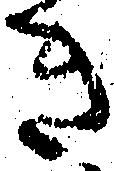
き